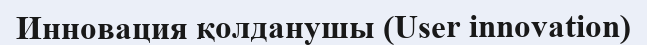
Инновация қолданушы (User innovation)